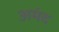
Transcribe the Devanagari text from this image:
अमंद